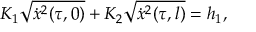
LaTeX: K _ { 1 } \sqrt { \dot { x } ^ { 2 } ( \tau , 0 ) } + K _ { 2 } \sqrt { \dot { x } ^ { 2 } ( \tau , l ) } = h _ { 1 } ,